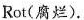
Rot(腐烂).